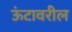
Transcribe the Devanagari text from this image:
ऊंटावरील